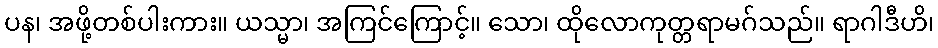
ပန၊ အဖို့တစ်ပါးကား။ ယသ္မာ၊ အကြင်ကြောင့်။ သော၊ ထိုလောကုတ္တရာမဂ်သည်။ ရာဂါဒီဟိ၊